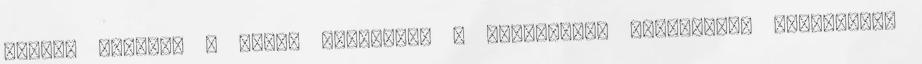
évesen izgatta a gépek mûködése, a mechanikai megoldások megértése,